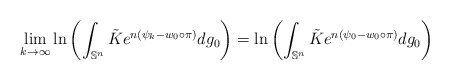
\begin{align*}\lim_{k\rightarrow \infty} \ln \left(\int_{\mathbb{S}^n}\tilde{K}e^{n(\psi_k-w_0\circ \pi)}dg_0\right)= \ln \left(\int_{\mathbb{S}^n}\tilde{K}e^{n(\psi_0-w_0\circ \pi)}dg_0\right)\end{align*}